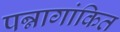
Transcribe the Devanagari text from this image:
पन्नागांकित